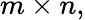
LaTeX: m\times n,